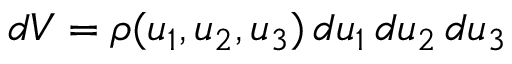
d V = \rho ( u _ { 1 } , u _ { 2 } , u _ { 3 } ) \, d u _ { 1 } \, d u _ { 2 } \, d u _ { 3 }